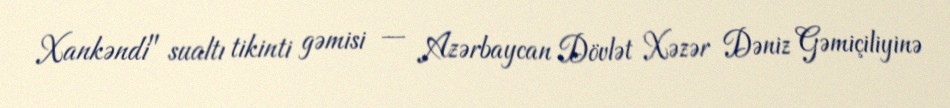
Xankəndi" sualtı tikinti gəmisi — Azərbaycan Dövlət Xəzər Dəniz Gəmiçiliyinə